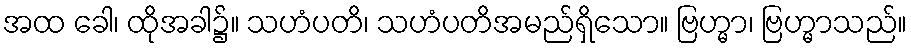
အထ ခေါ၊ ထိုအခါ၌။ သဟံပတိ၊ သဟံပတိအမည်ရှိသော။ ဗြဟ္မာ၊ ဗြဟ္မာသည်။